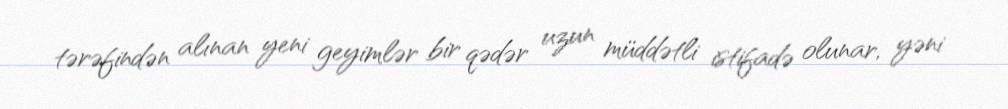
tərəfindən alınan yeni geyimlər bir qədər uzun müddətli istifadə olunar, yəni